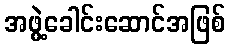
အဖွဲ့ခေါင်းဆောင်အဖြစ်